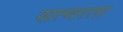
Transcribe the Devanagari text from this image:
सत्वरता